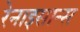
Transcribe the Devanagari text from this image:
रेनाइसान्स